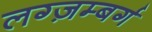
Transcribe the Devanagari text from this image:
लग्ज़म्बर्ग